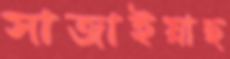
সাজাইয়াছ